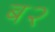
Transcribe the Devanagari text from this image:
ब२